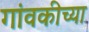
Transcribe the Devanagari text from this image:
गांवकीच्या